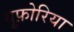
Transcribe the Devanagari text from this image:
यूफ़ोरिया